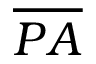
\overline { { P A } }